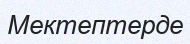
Мектептерде